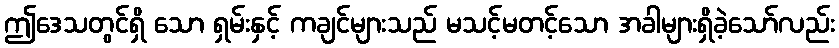
ဤဒေသတွင်ရှိ သော ရှမ်းနှင့် ကချင်များသည် မသင့်မတင့်သော အခါများရှိခဲ့သော်လည်း